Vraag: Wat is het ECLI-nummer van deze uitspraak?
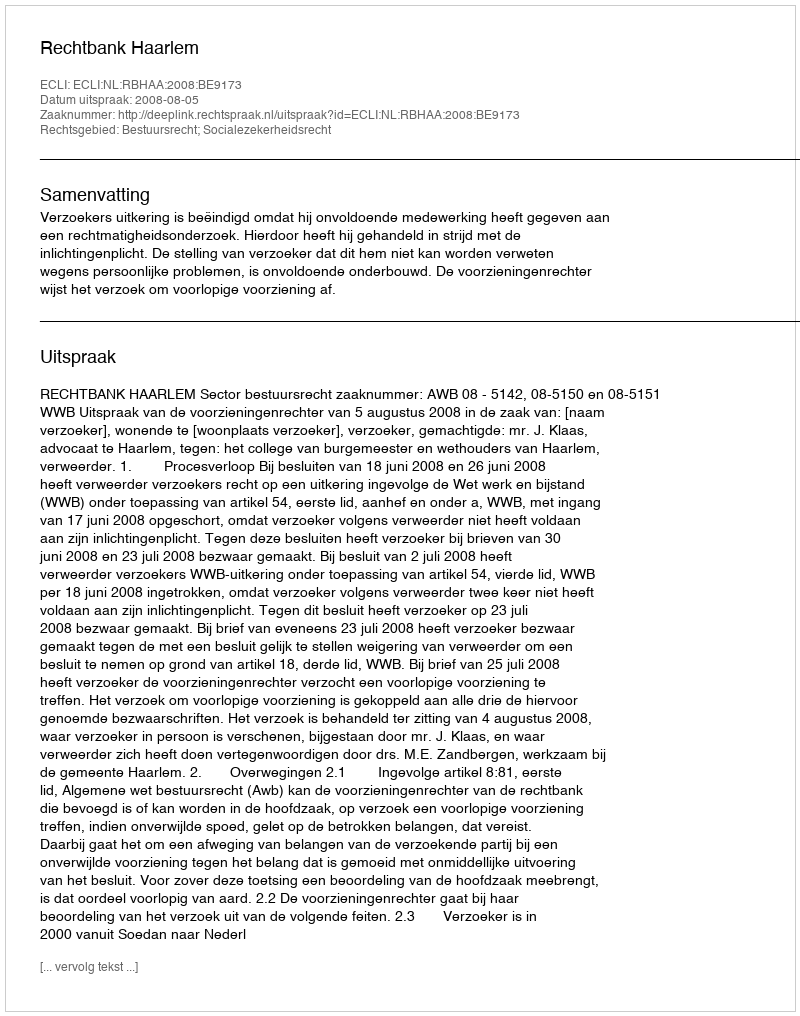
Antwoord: ECLI:NL:RBHAA:2008:BE9173